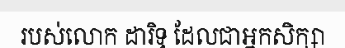
របស់លោក ដារិទ្ធ ដែលជាអ្នកសិក្សា